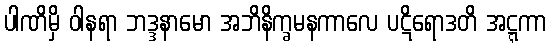
ပါဏိမှိ ဝါနရာ ဘဒ္ဒနာမော အဘိနိက္ခမနကာလေ ပဋိရောဒတိ အဋ္ဋကာ